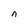
Character: n